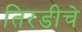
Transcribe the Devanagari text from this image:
तिरडीचे